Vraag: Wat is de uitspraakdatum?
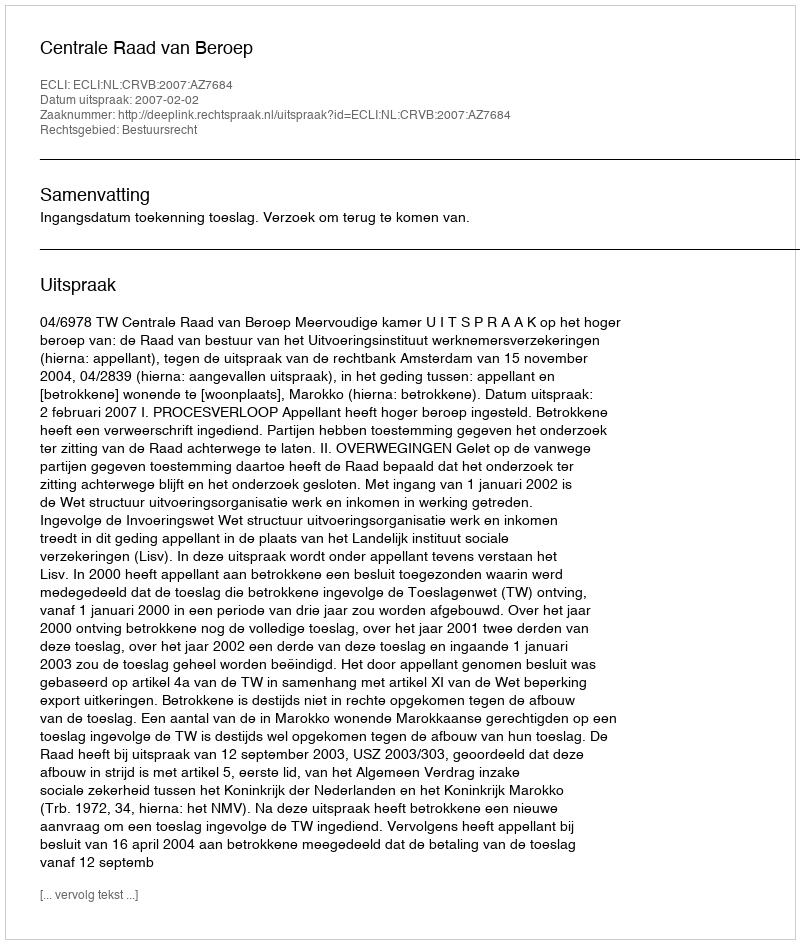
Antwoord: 2007-02-02